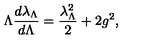
\Lambda { \frac { d \lambda _ { \Lambda } } { d \Lambda } } = { \frac { \lambda _ { \Lambda } ^ { 2 } } { 2 } } + 2 g ^ { 2 } ,